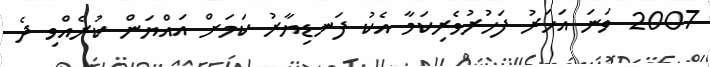
2007 ވަނަ އަހަރު ފަހުރުވެރިކަމާ އެކު ފަނޑިޔާރު ކަމަށް އައްޔަން ކުރެއްވި ދެ